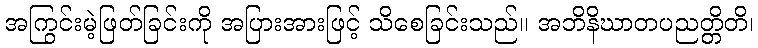
အကြွင်းမဲ့ဖြတ်ခြင်းကို အပြားအားဖြင့် သိစေခြင်းသည်။ အဘိနိဃာတပညတ္တိတိ၊